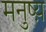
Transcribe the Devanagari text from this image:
मनुष्य़